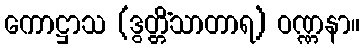
ကောဋ္ဌာသ (ဒွတ္တိံသာတာရ) ဝဏ္ဏနာ။